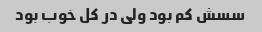
سسش کم بود ولی در کل خوب بود